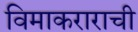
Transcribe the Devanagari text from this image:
विमाकराराची